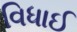
વિધાઈ